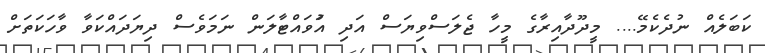
ކަބަލެއް ނުދެކެމޭ.... މީދޫދާއިރާގެ މީހާ ޖެލަސްވިޔަސް އަދި އަުވައްޓާލަން ނަމަވެސް ދިޔަދައްކަވާ ވާހަކަތަށް